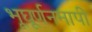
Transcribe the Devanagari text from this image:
भूघूर्णनमापी